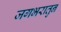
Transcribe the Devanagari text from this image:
जगभरातुन